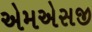
એમએસજી